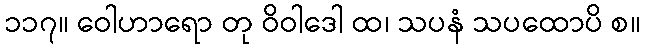
၁၁၇။ ဝေါဟာရော တု ဝိဝါဒေါ ထ၊ သပနံ သပထောပိ စ။